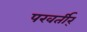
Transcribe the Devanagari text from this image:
परवर्तीर्